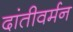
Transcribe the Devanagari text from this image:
दांतीवर्मन